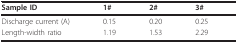
<table><thead><tr><td><b>Sample ID</b></td><td><b>1#</b></td><td><b>2#</b></td><td><b>3#</b></td></tr></thead><tbody><tr><td>Discharge current (A)</td><td>0.15</td><td>0.20</td><td>0.25</td></tr><tr><td>Length-width ratio</td><td>1.19</td><td>1.53</td><td>2.29</td></tr></tbody></table>